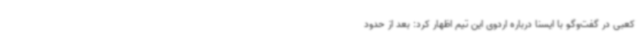
کعبی در گفت‌وگو با ایسنا درباره اردوی این تیم اظهار کرد: بعد از حدود